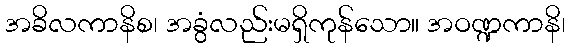
အခိလကာနိစ၊ အခွံလည်းမရှိကုန်သော။ အဝဏ္ဍကာနိ၊